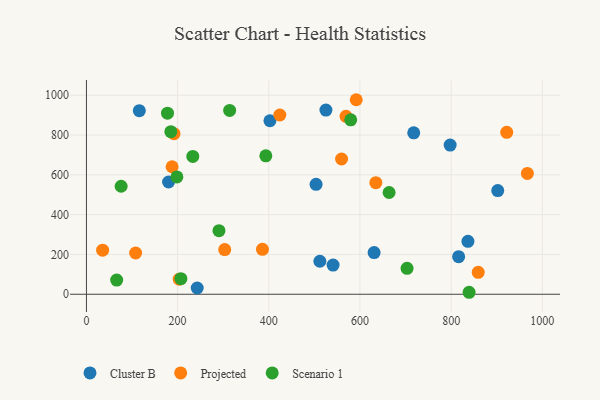
{"axis": {"x": "Investment", "y": "Yield"}, "legend": ["Cluster B", "Projected", "Scenario 1"], "data": [{"x": "541.0", "y": 146.4, "type": "Cluster B"}, {"x": "631.0", "y": 209.6, "type": "Cluster B"}, {"x": "902.2", "y": 521.0, "type": "Cluster B"}, {"x": "836.8", "y": 265.8, "type": "Cluster B"}, {"x": "180.2", "y": 564.0, "type": "Cluster B"}, {"x": "512.0", "y": 165.7, "type": "Cluster B"}, {"x": "797.8", "y": 749.7, "type": "Cluster B"}, {"x": "402.5", "y": 871.8, "type": "Cluster B"}, {"x": "503.7", "y": 552.5, "type": "Cluster B"}, {"x": "717.9", "y": 811.4, "type": "Cluster B"}, {"x": "116.0", "y": 922.4, "type": "Cluster B"}, {"x": "243.0", "y": 31.5, "type": "Cluster B"}, {"x": "525.3", "y": 925.7, "type": "Cluster B"}, {"x": "816.4", "y": 188.9, "type": "Cluster B"}, {"x": "559.6", "y": 679.7, "type": "Projected"}, {"x": "35.5", "y": 221.4, "type": "Projected"}, {"x": "386.1", "y": 225.5, "type": "Projected"}, {"x": "569.4", "y": 894.2, "type": "Projected"}, {"x": "591.8", "y": 977.5, "type": "Projected"}, {"x": "967.2", "y": 606.9, "type": "Projected"}, {"x": "192.1", "y": 806.8, "type": "Projected"}, {"x": "859.4", "y": 110.2, "type": "Projected"}, {"x": "921.9", "y": 813.9, "type": "Projected"}, {"x": "634.8", "y": 560.7, "type": "Projected"}, {"x": "203.6", "y": 75.9, "type": "Projected"}, {"x": "303.3", "y": 224.4, "type": "Projected"}, {"x": "187.9", "y": 640.7, "type": "Projected"}, {"x": "107.9", "y": 207.2, "type": "Projected"}, {"x": "424.2", "y": 900.7, "type": "Projected"}, {"x": "76.1", "y": 542.7, "type": "Scenario 1"}, {"x": "663.9", "y": 511.4, "type": "Scenario 1"}, {"x": "177.8", "y": 910.0, "type": "Scenario 1"}, {"x": "393.5", "y": 695.4, "type": "Scenario 1"}, {"x": "198.4", "y": 589.8, "type": "Scenario 1"}, {"x": "579.7", "y": 876.5, "type": "Scenario 1"}, {"x": "314.1", "y": 923.9, "type": "Scenario 1"}, {"x": "66.3", "y": 71.0, "type": "Scenario 1"}, {"x": "233.3", "y": 692.4, "type": "Scenario 1"}, {"x": "839.4", "y": 9.9, "type": "Scenario 1"}, {"x": "207.2", "y": 78.1, "type": "Scenario 1"}, {"x": "703.3", "y": 130.1, "type": "Scenario 1"}, {"x": "290.7", "y": 319.4, "type": "Scenario 1"}, {"x": "185.1", "y": 816.8, "type": "Scenario 1"}]}